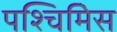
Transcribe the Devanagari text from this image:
पश्चिमिेस